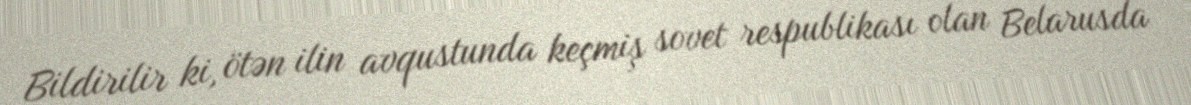
Bildirilir ki, ötən ilin avqustunda keçmiş sovet respublikası olan Belarusda